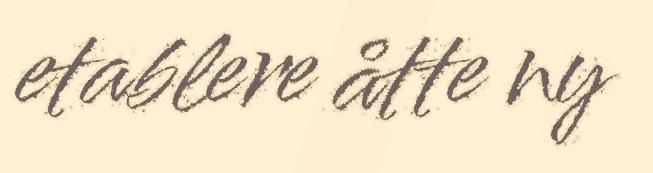
etablere åtte ny